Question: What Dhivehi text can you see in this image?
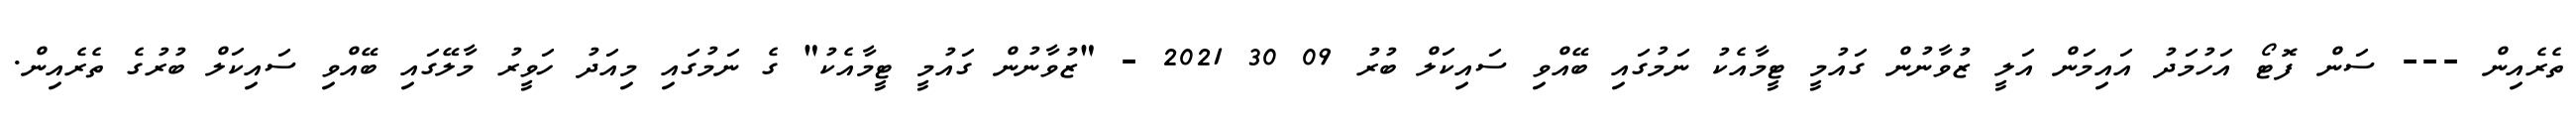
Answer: ތެރެއިން --- ސަން ފޮޓޯ އަހުމަދު އައިމަން އަލީ ޒުވާނުން ގައުމީ ޓީމާއެކު ނަމުގައި ބޭއްވި ސައިކަލް ބުރު 09 30 2021 - "ޒުވާނުން ގައުމީ ޓީމާއެކު" ގެ ނަމުގައި މިއަދު ހަވީރު މާލޭގައި ބޭއްވި ސައިކަލް ބުރުގެ ތެރެއިން.